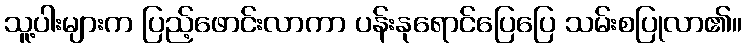
သူ့ပါးများက ပြည့်ဖောင်းလာကာ ပန်းနုရောင်ပြေပြေ သမ်းစပြုလာ၏။